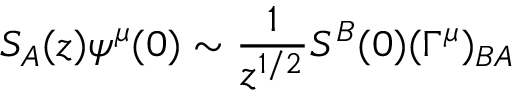
S _ { A } ( z ) \psi ^ { \mu } ( 0 ) \sim { \frac { 1 } { z ^ { 1 / 2 } } } S ^ { B } ( 0 ) ( \Gamma ^ { \mu } ) _ { B A }